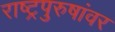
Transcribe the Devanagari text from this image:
राष्ट्रपुरुषांवर